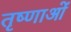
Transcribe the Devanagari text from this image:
तृष्णाओं